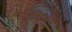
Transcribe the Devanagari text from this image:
खिलुङ